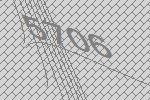
5706